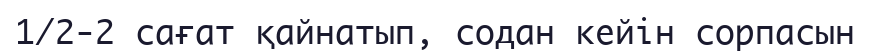
1/2-2 сағат қайнатып, содан кейін сорпасын